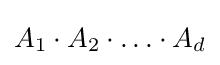
A_{1}\cdot A_{2}\cdot \dotso \cdot A_{d}